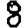
Digit: 8